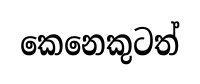
කෙනෙකුටත්